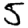
Digit: 5